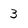
Character: 3